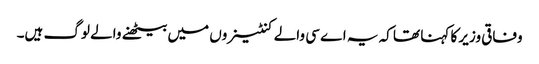
وفاقی وزیر کا کہنا تھا کہ یہ اے سی والے کنٹینروں میں بیٹھنے والے لوگ ہیں۔